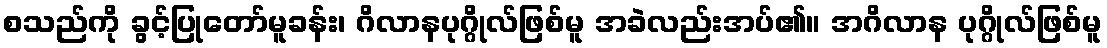
စသည်ကို ခွင့်ပြုတော်မူခန်း၊ ဂိလာနပုဂ္ဂိုလ်ဖြစ်မူ အခဲလည်းအပ်၏။ အဂိလာန ပုဂ္ဂိုလ်ဖြစ်မူ